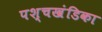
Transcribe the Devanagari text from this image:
पश्चखंडिका